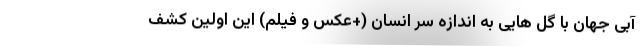
آبی جهان با گل هایی به اندازه سر انسان (+عکس و فیلم) این اولین کشف